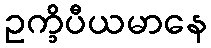
ဥက္ခိပီယမာနေ